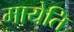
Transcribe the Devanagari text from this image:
मायेति